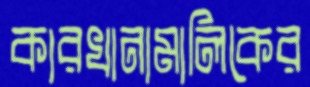
কারখানামালিকের